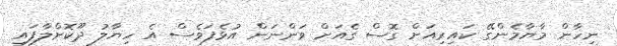
ނިހާން މާޔާމެންގޭ ކައިރިއަށް ގޮސް ގެއަށް ވަންނަން އުޅެފަވެސް އެ ހިޔާލު ދޫކޮށްލާފައި